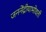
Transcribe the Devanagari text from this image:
जननेंद्रीयाभोवती